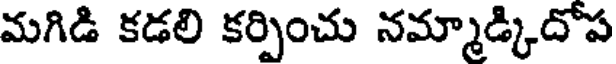
మగిడి కడలి కర్పించు నమ్మాడ్కిదోప